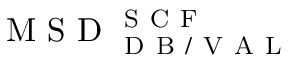
\mathrm { ~ M ~ S ~ D ~ } _ { \mathrm { ~ D ~ B ~ / ~ V ~ A ~ L ~ } } ^ { \mathrm { ~ S ~ C ~ F ~ } }